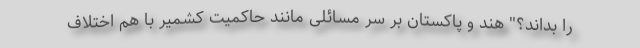
را بداند؟" هند و پاکستان بر سر مسائلی مانند حاکمیت کشمیر با هم اختلاف